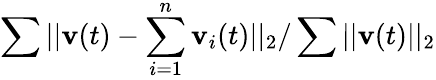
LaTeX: \sum||\textbf{v}(t)-\sum_{i=1}^{n}{\textbf{v}_{i}(t)}||_{2}/\sum||\textbf{v}(t)||_{2}